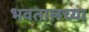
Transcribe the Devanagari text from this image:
भवतालच्या